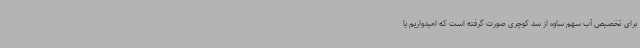
برای تخصیص آب سهم ساوه از سد کوچری صورت گرفته است که امیدواریم با